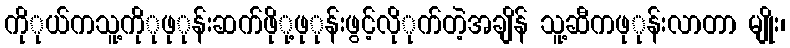
ကိုုယ်ကသူ့ကိုုဖုုန်းဆက်ဖိုု့ဖုုန်းဖွင့်လိုုက်တဲ့အချိန် သူ့ဆီကဖုုန်းလာတာ မျိုး၊